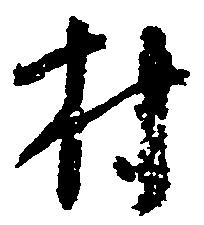
村